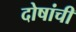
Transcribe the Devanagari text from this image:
दोषांची